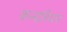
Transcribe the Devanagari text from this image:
कन्दरियन